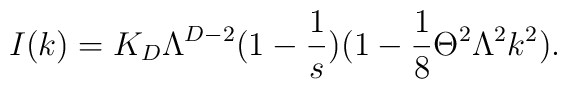
I(k)=K_D\Lambda^{D-2}(1-\frac{1}{s})(1-\frac{1}{8}\Theta^2\Lambda^2 k^2).